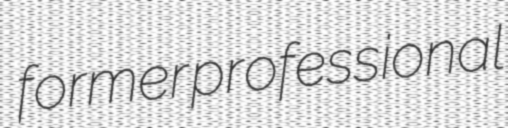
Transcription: former professional